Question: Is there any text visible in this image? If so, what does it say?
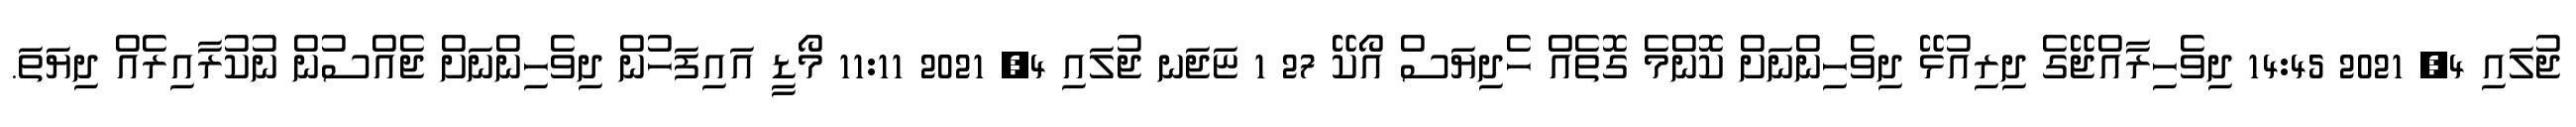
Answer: ޖުލައި 4, 2021 14:45 ދިވެހިރާއްޖޭގެ ދިރިއުޅޭ ދިވެހިންނަށް ކޮންމެ ގޮތެއް ހެދިޔަސް އޯކޭ 27 1 ޏަޖަނ ޖުލައި 4, 2021 11:11 މޯޑީ އައިފަހުން ދިވެހިންނަށް ޖެއްސުން ނުކުރާއިރެއް ދިޔަތަ.